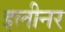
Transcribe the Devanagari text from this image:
इलीनर